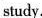
study.